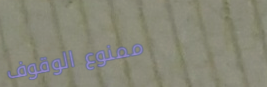
ممنوع الوقوف